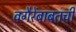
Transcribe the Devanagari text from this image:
वगैरेंबाबतची